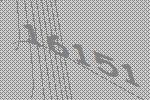
16151